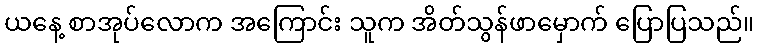
ယနေ့ စာအုပ်လောက အကြောင်း သူက အိတ်သွန်ဖာမှောက် ပြောပြသည်။